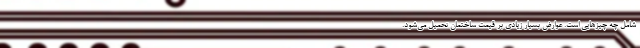
شامل چه چیزهایی است. عوارض بسیار زیادی بر قیمت ساختمان تحمیل می‌شود.